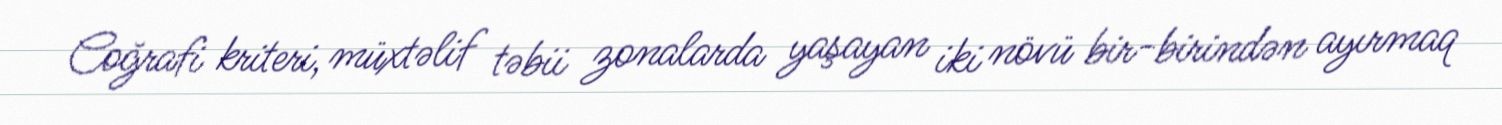
Coğrafi kriteri, müxtəlif təbii zonalarda yaşayan iki növü bir-birindən ayırmaq